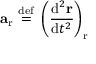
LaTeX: \mathbf { a } _ { \mathrm { r } } \ { \stackrel { \mathrm { d e f } } { = } } \ \left( { \frac { \mathrm { d } ^ { 2 } \mathbf { r } } { \mathrm { d } t ^ { 2 } } } \right) _ { \mathrm { r } }